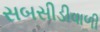
સબસીડીવાળી